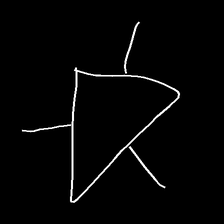
Glyph: fire